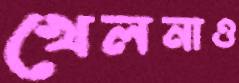
খেলনাও